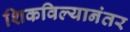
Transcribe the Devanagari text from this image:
शिकविल्यानंतर